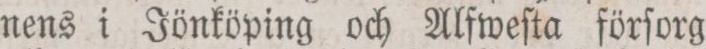
nens i Jönköping och Alfweſta förſorg